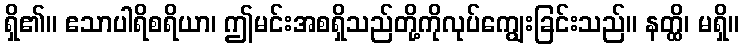
ရှိ၏။ ဧသာပါရိစရိယာ၊ ဤမင်းအစရှိသည်တို့ကိုလုပ်ကျွေးခြင်းသည်။ နတ္ထိ၊ မရှိ။